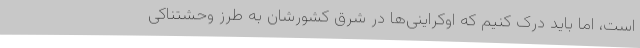
است، اما باید درک کنیم که اوکراینی‌ها در شرق کشورشان به طرز وحشتناکی